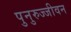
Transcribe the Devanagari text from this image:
पुनुरुज्जीवन